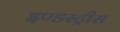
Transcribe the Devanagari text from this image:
इण्डस्ट्रीस